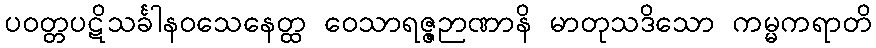
ပဝတ္တပဋိသင်္ခါနဝသေနေတ္ထ ဝေသာရဇ္ဇဉာဏာနိ မာတုသဒိသော ကမ္မကရာတိ